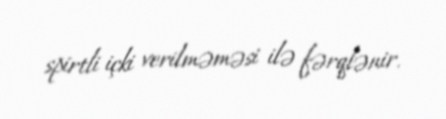
spirtli içki verilməməsi ilə fərqlənir.